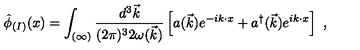
\hat { \phi } _ { ( I ) } ( x ) = \int _ { ( \infty ) } \frac { d ^ { 3 } \vec { k } } { ( 2 \pi ) ^ { 3 } 2 \omega ( \vec { k } ) } \left[ a ( \vec { k } ) e ^ { - i k \cdot x } + a ^ { \dagger } ( \vec { k } ) e ^ { i k \cdot x } \right] \ ,